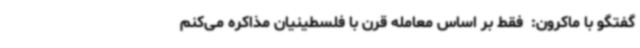
گفتگو با ماکرون:  فقط بر اساس معامله قرن با فلسطینیان مذاکره می‌کنم